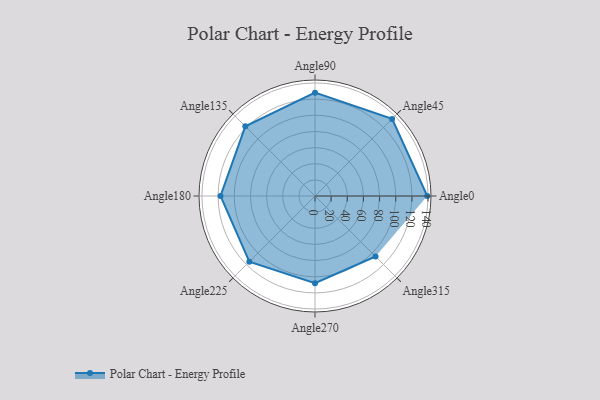
{"axis": {"x": "Angle", "y": "Radius"}, "legend": [""], "data": [{"x": "Angle0", "y": 139.0, "type": ""}, {"x": "Angle45", "y": 135.0, "type": ""}, {"x": "Angle90", "y": 128.0, "type": ""}, {"x": "Angle135", "y": 122.0, "type": ""}, {"x": "Angle180", "y": 117.0, "type": ""}, {"x": "Angle225", "y": 115.0, "type": ""}, {"x": "Angle270", "y": 108.0, "type": ""}, {"x": "Angle315", "y": 106.0, "type": ""}]}